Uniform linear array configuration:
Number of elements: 64
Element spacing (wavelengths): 0.5
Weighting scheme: exponential
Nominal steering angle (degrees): -45
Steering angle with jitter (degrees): -45.269
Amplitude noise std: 0.05
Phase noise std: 0.05

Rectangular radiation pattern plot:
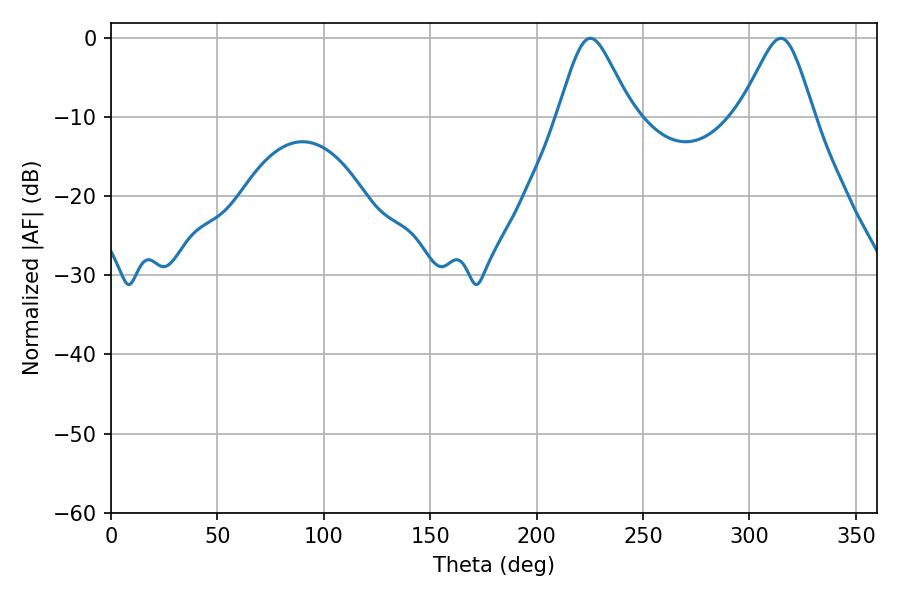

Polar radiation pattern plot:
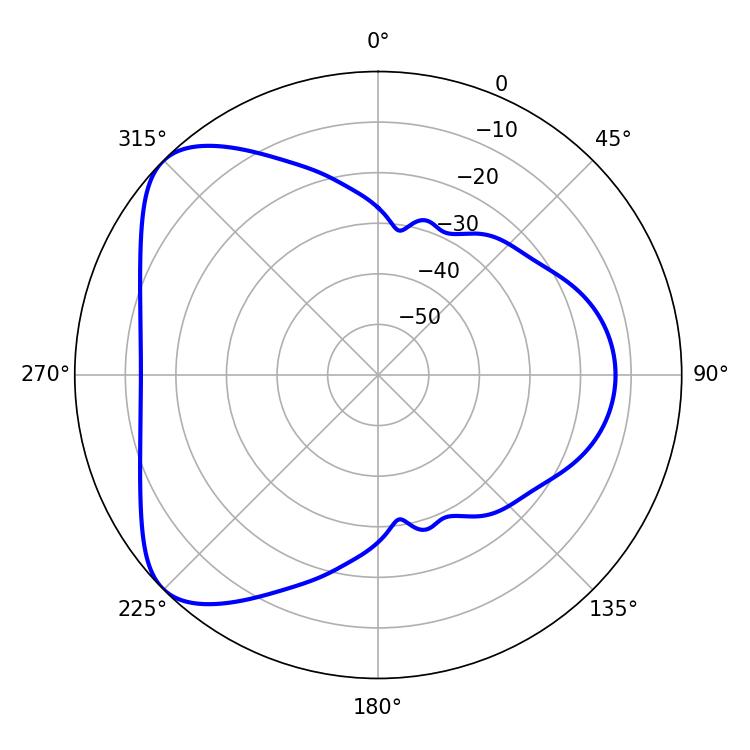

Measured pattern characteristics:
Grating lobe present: FALSE
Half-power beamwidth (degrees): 16.92
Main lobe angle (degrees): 225.18